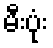
မီးပုံး